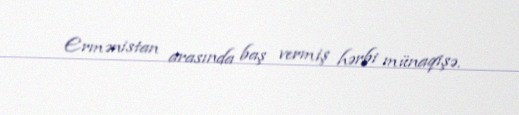
Ermənistan arasında baş vermiş hərbi münaqişə.